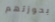
بحوزتهم